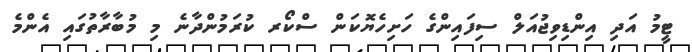
ޓީމު އަދި އިންޑިވިޖުއަލް ސިފައިންގެ ހަށިހެޔޮކަން ސްކޯރ ކުރަމުންދާނެ މި މުބާރާތުގައި އެންމެ